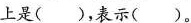
上是（ ），表示（ ）.